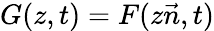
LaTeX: G(z,t)=F(z{\vec{n}},t)